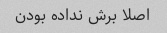
اصلا برش نداده بودن